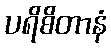
ပရိစိတာနံ